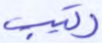
رتيب